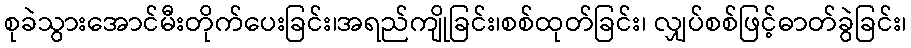
စုခဲသွားအောင်မီးတိုက်ပေးခြင်း၊အရည်ကျိုခြင်း၊စစ်ထုတ်ခြင်း၊ လျှပ်စစ်ဖြင့်ဓာတ်ခွဲခြင်း၊